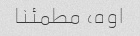
اوه، مطمئنا